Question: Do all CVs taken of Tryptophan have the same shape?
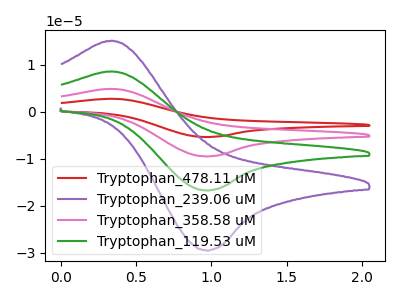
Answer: <think>The red curve "Tryptophan_478.11 uM" has an anodic peak at (0.35V, 25.70uA) and a cathodic peak at (0.95V, -50.10uA). The purple curve "Tryptophan_239.06 uM" has an anodic peak at (0.35V, 15.10uA) and a cathodic peak at (0.95V, -29.45uA). The pink curve "Tryptophan_358.58 uM" has an anodic peak at (0.35V, 17.15uA) and a cathodic peak at (0.95V, -33.40uA). The green curve "Tryptophan_119.53 uM" has an anodic peak at (0.35V, 8.55uA) and a cathodic peak at (0.95V, -16.70uA).
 All the peaks in "Tryptophan_478.11 uM" have a peak in "Tryptophan_239.06 uM" at the same potential. Every peak in "Tryptophan_478.11 uM" is higher than every peak in "Tryptophan_239.06 uM". All the peaks in "Tryptophan_478.11 uM" have a peak in "Tryptophan_358.58 uM" at the same potential. Every peak in "Tryptophan_478.11 uM" is higher than every peak in "Tryptophan_358.58 uM". All the peaks in "Tryptophan_478.11 uM" have a peak in "Tryptophan_119.53 uM" at the same potential. Every peak in "Tryptophan_478.11 uM" is higher than every peak in "Tryptophan_119.53 uM". All the peaks in "Tryptophan_239.06 uM" have a peak in "Tryptophan_358.58 uM" at the same potential. Every peak in "Tryptophan_239.06 uM" is lower than every peak in "Tryptophan_358.58 uM". All the peaks in "Tryptophan_239.06 uM" have a peak in "Tryptophan_119.53 uM" at the same potential. Every peak in "Tryptophan_239.06 uM" is higher than every peak in "Tryptophan_119.53 uM". All the peaks in "Tryptophan_358.58 uM" have a peak in "Tryptophan_119.53 uM" at the same potential. Every peak in "Tryptophan_358.58 uM" is higher than every peak in "Tryptophan_119.53 uM".</think>
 <answer>All the CV's of "Tryptophan" have similar shape.</answer>
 <eval>follow_rule</eval>